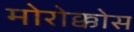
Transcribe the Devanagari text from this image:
मोरोक्कोस